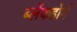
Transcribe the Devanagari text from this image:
ब्लेंकहोर्न